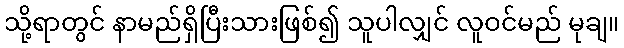
သို့ရာတွင် နာမည်ရှိပြီးသားဖြစ်၍ သူပါလျှင် လူဝင်မည် မုချ။